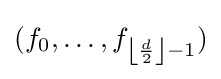
(f_{0},\ldots ,f_{\left\lfloor {\frac {d}{2}}\right\rfloor -1})